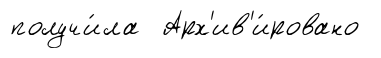
получи́ла Арх'ив'и́ровано